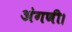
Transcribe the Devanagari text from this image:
अंगणी।